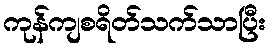
ကုန်ကျစရိတ်သက်သာပြီး